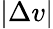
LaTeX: |\Delta v|